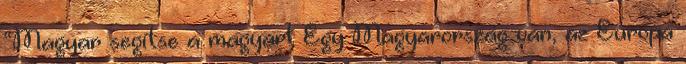
“Magyar segítse a magyart Egy Magyarország van, az Európa